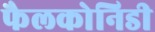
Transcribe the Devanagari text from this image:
फैलकोनिडी